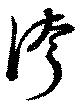
誇